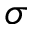
\sigma